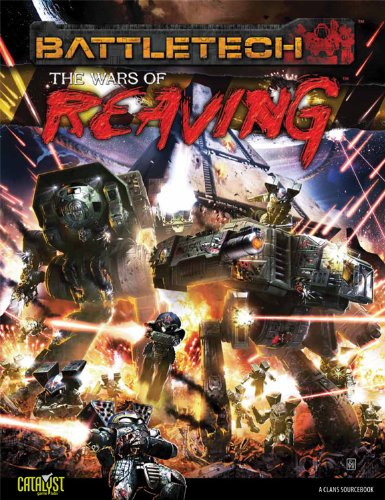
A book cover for Battletech Wars of Reaving (Battletech Sourcebooks); Ben H. Rome; Science Fiction & Fantasy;